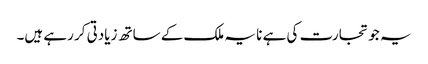
یہ جو تجارت کی ہے نا یہ ملک کے ساتھ زیادتی کر رہے ہیں۔